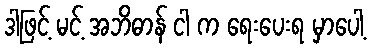
ဒါဖြင့် မင့် အဘိဓာန် ငါ က ရေးပေးရ မှာပေါ့